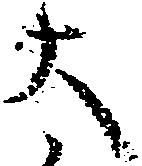
太